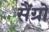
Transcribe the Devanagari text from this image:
सैंग्रो